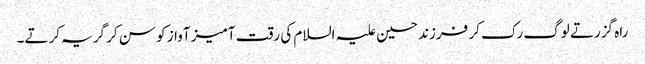
راہ گزرتے لوگ رک کر فرزند حسین علیہ السلام کی رقت آمیز آواز کو سن کر گریہ کرتے۔